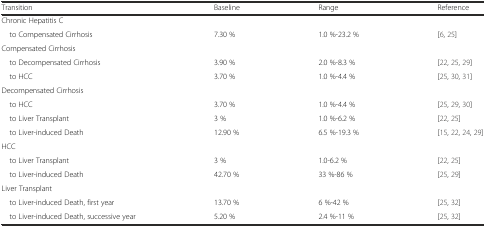
| Transition | Baseline | Range | Reference |
 | --- | --- | --- | --- |
 | Chronic Hepatitis C |  |  |  |
 | to Compensated Cirrhosis | 7.30 % | 1.0 %-23.2 % | [6, 25] |
 | Compensated Cirrhosis |  |  |  |
 | to Decompensated Cirrhosis | 3.90 % | 2.0 %-8.3 % | [22, 25, 29] |
 | to HCC | 3.70 % | 1.0 %-4.4 % | [25, 30, 31] |
 | Decompensated Cirrhosis |  |  |  |
 | to HCC | 3.70 % | 1.0 %-4.4 % | [25, 29, 30] |
 | to Liver Transplant | 3 % | 1.0 %-6.2 % | [22, 25] |
 | to Liver-induced Death | 12.90 % | 6.5 %-19.3 % | [15, 22, 24, 29] |
 | HCC |  |  |  |
 | to Liver Transplant | 3 % | 1.0-6.2 % | [22, 25] |
 | to Liver-induced Death | 42.70 % | 33 %-86 % | [25, 29] |
 | Liver Transplant |  |  |  |
 | to Liver-induced Death, first year | 13.70 % | 6 %-42 % | [25, 32] |
 | to Liver-induced Death, successive year | 5.20 % | 2.4 %-11 % | [25, 32] |